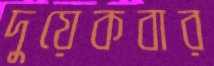
দুয়েকবার